Scottish Leaving Certificate Examination, 1957
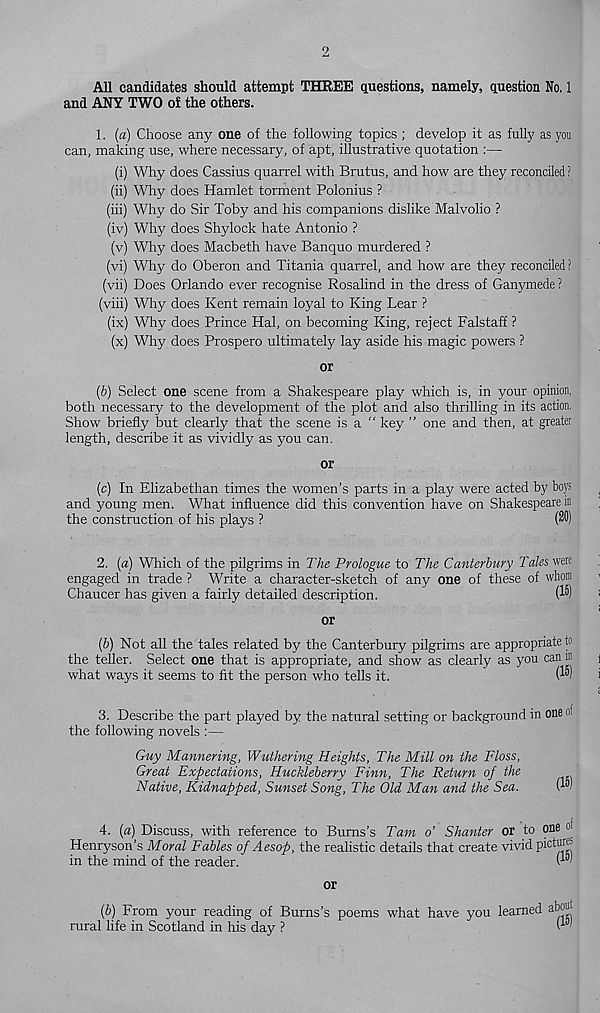
2
All candidates should attempt THREE questions, namely, question No. 1
and ANY TWO of the others.
1. («) Choose any one of the following topics ; develop it as fully as you
can, making use, where necessary, of apt, illustrative quotation :—
(i) Why does Cassius quarrel with Brutus, and how are they reconciled ?
(ii) Why does Hamlet torment Polonius ?
(hi) Why do Sir Toby and his companions dislike Malvolio ?
(iv) Why does Shylock hate Antonio ?
(v) Why does Macbeth have Banquo murdered ?
(vi) Why do Oberon and Titania quarrel, and how are they reconciled ?
(vii) Does Orlando ever recognise Rosalind in the dress of Ganymede ?
(viii) Why does Kent remain loyal to King Lear ?
(ix) Why does Prince Hal, on becoming King, reject Falstaff ?
(x) Why does Prospero ultimately lay aside his magic powers ?
or
(6) Select one scene from a Shakespeare play which is, in your opinion,
both necessary to the development of the plot and also thrilling in its action,
Show briefly but clearly that the scene is a “ key ” one and then, at greater
length, describe it as vividly as you can.
or
(c) In Elizabethan times the women’s parts in a play were acted by boys
and young men. What influence did this convention have on Shakespeare in
the construction of his plays ?
(20)
2. («) Which of the pilgrims in The Prologue to The Canterbury Tales were
engaged in trade ? Write a character-sketch of any one of these of whom
Chaucer has given a fairly detailed description.
(^)
or
(6) Not all the tales related by the Canterbury pilgrims are appropriate to
the teller. Select one that is appropriate, and show as clearly as you can in
what ways it seems to fit the person who tells it.
Pw
3. Describe the part played by the natural setting or background in one of
the following novels :—
Guy Mannering, Wuthering Heights, The Mill on the Floss,
Great Expectations, Huckleberry Finn, The Return of the
Native, Kidnapped, Sunset Song, The Old Man and the Sea.
P“'
4. [a) Discuss, with reference to Burns’s Tam o’ Shunter or to one °-
Henryson’s Moral Fables of Aesop, the realistic details that create vivid picDf®
in the mind of the reader.
P 5 '
or
(b) From your reading of Burns’s poems what have you
rural life in Scotland in his day ?
learned abouj
(1»)